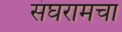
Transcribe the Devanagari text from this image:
संघरामचा